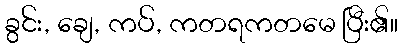
ခွင်း, ချေ, ကပ်, ကတရကတမေ ပြီး၏။